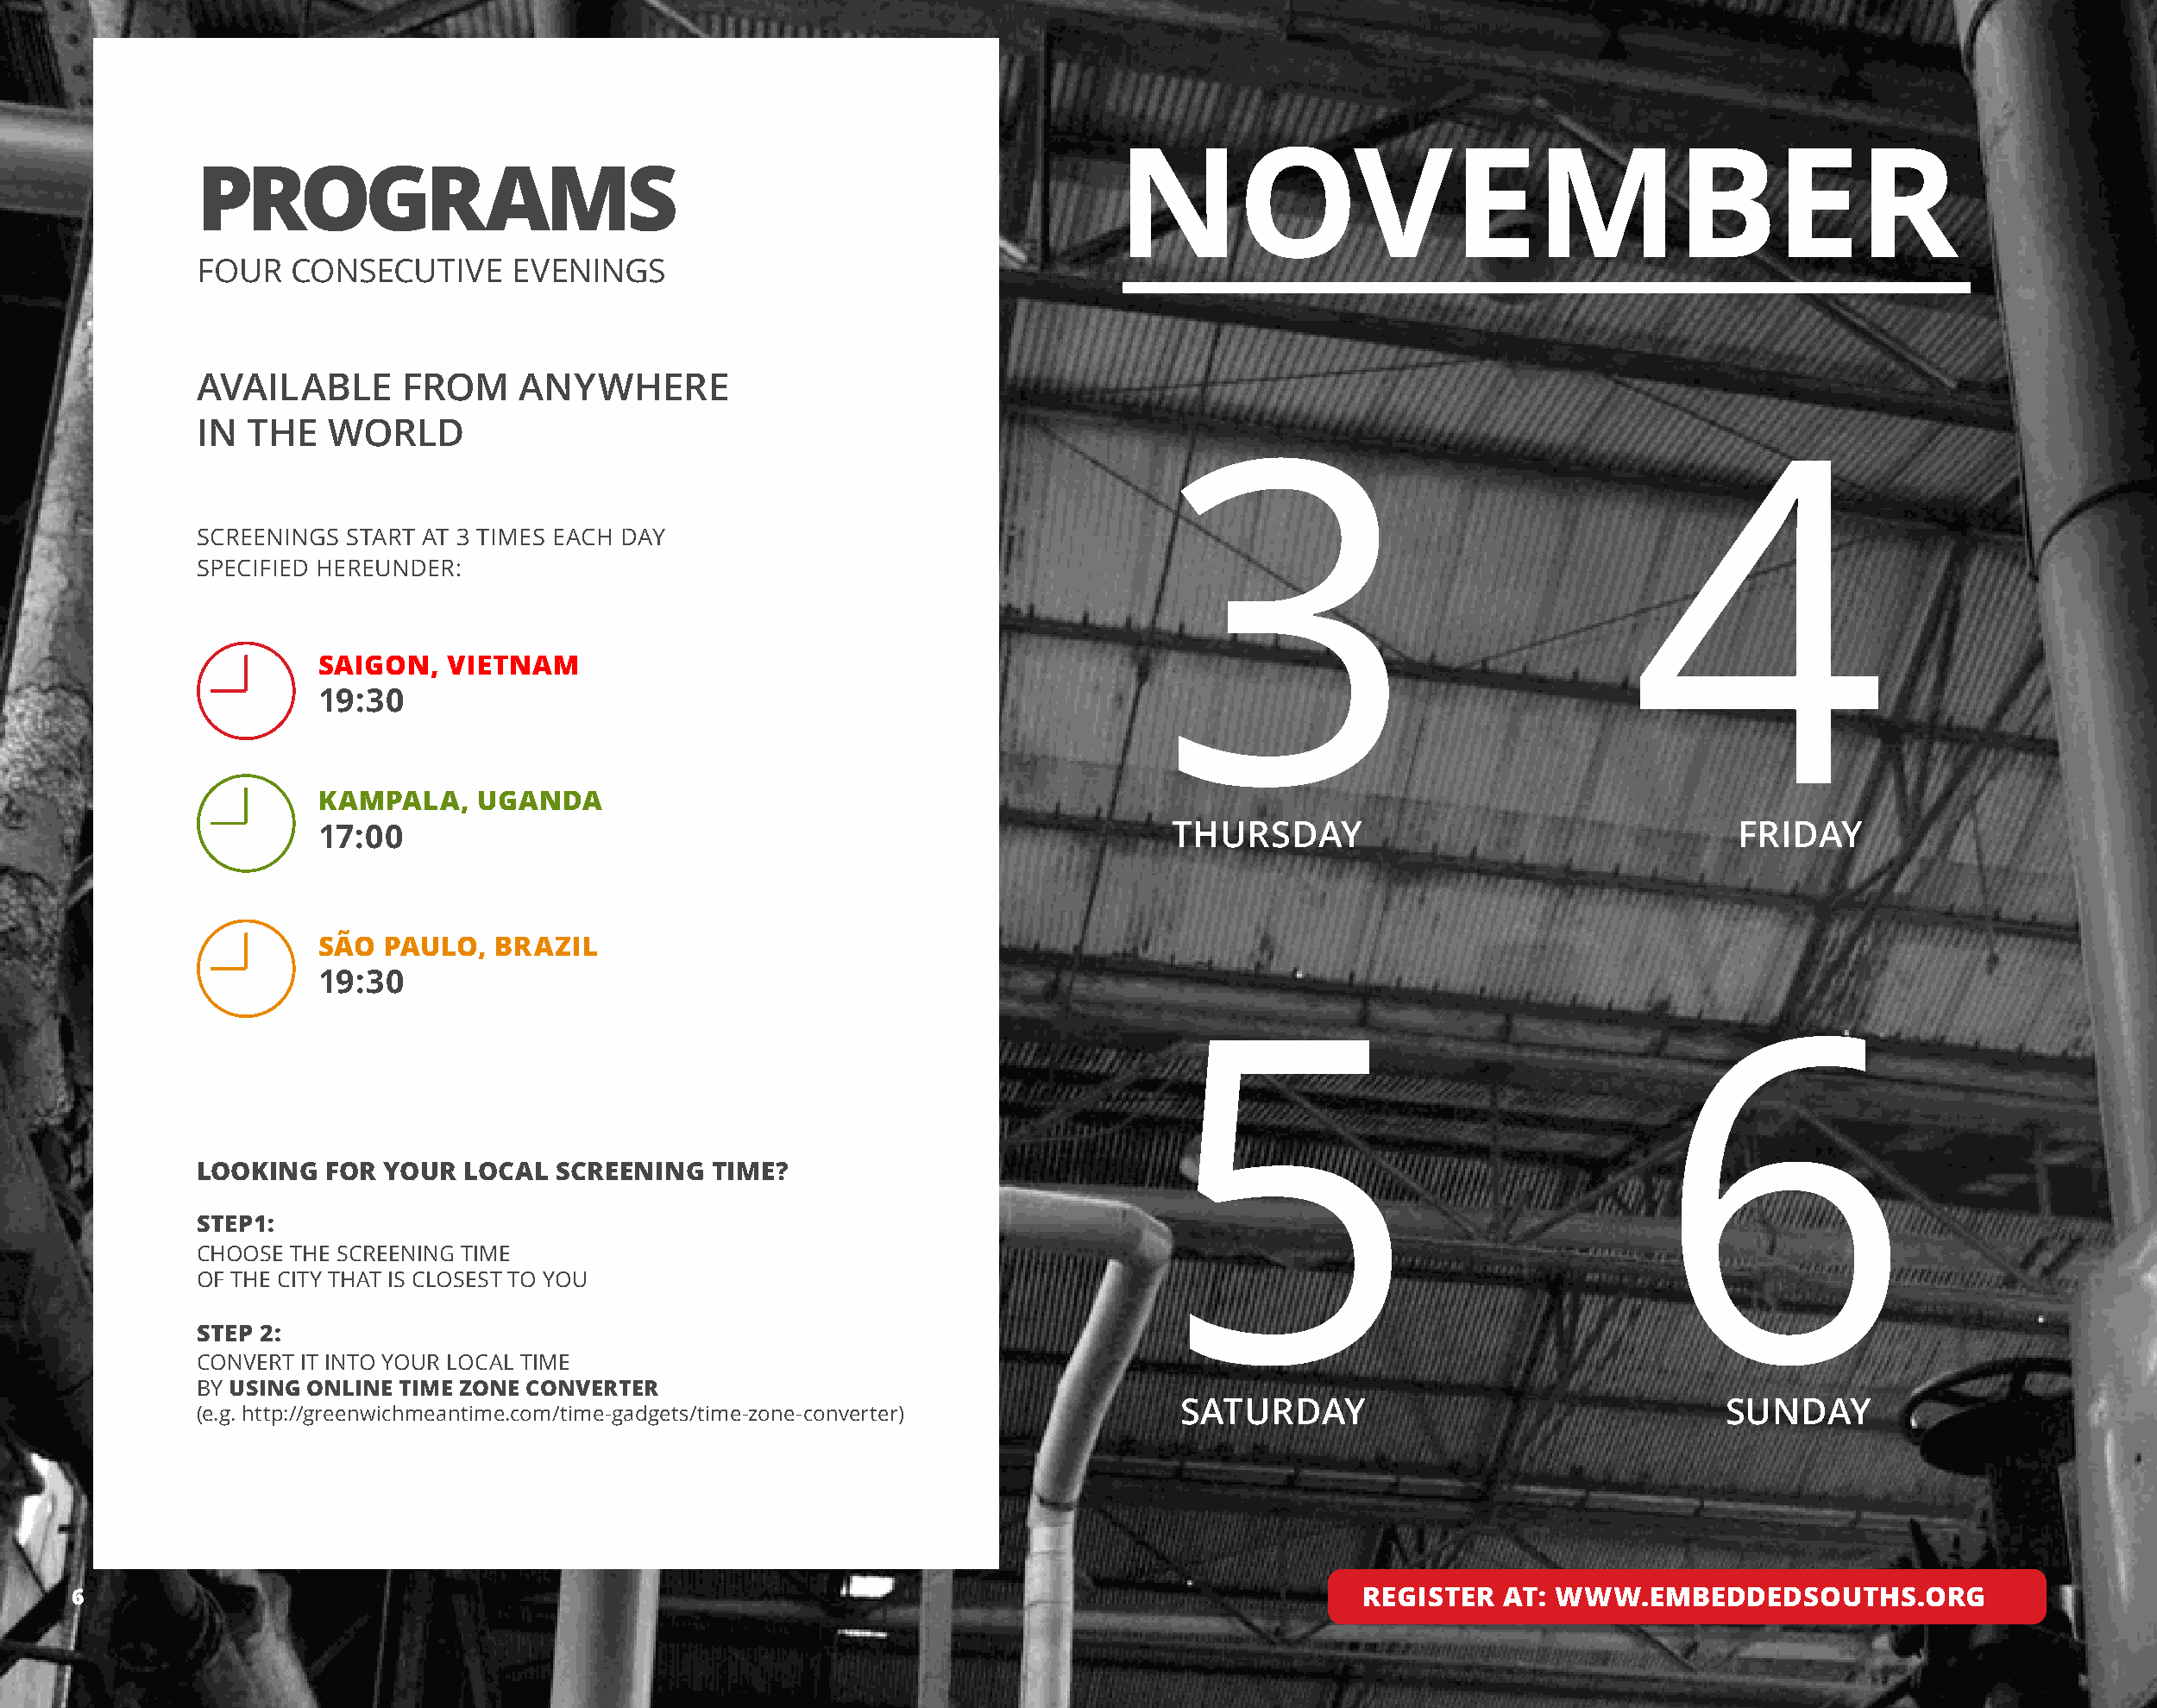
NOVEMBER
 PRoGRAMs
 FOUR   CONSECUTIVE      EVENINGS
 AVAILABLE       FROM     ANYWHERE
 IN  THE   WORLD
 3                                   4
 SCREENINGS  START AT 3 TIMES EACH DAY
 SPECIFIED HEREUNDER:
 SAIGON,   VIETNAM
 19:30
 KAMPALA,     UGANDA
 17:00                                                             THURSDAY                                   FRIDAY
 SÃO  PAULO,   BRAZIL
 19:30
 5                                     6
 LOOKING   FOR YOUR   LOCAL  SCREENING   TIME?
 STEP1:
 CHOOSE THE SCREENING TIME
 OF THE CITY THAT IS CLOSEST TO YOU
 STEP 2:
 CONVERT IT INTO YOUR LOCAL TIME
 BY USING ONLINE TIME ZONE CONVERTER
 SATURDAY                                 SUNDAY
 (e.g. http://greenwichmeantime.com/time-gadgets/time-zone-converter)
 66                                                                                                  REGISTER  AT: WWW.EMBEDDEDSOUTHS.ORG